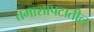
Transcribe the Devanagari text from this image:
तमाशापटातील